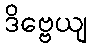
ဒိဗ္ဗေယျ